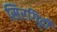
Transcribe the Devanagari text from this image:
सिरगिट्टी